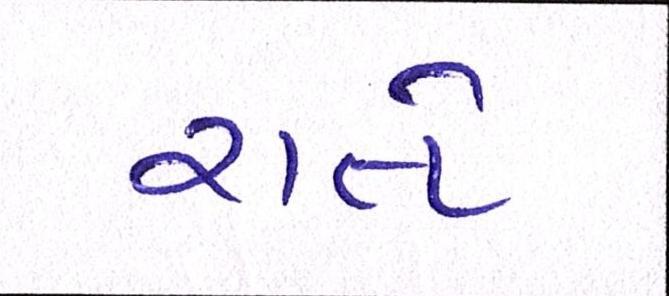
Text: રાતે